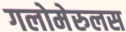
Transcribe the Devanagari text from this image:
गलोमेरुलस